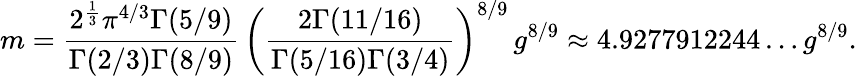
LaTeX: m={\frac{2^{\frac{1}{3}}\pi^{4/3}\Gamma(5/9)}{\Gamma(2/3)\Gamma(8/9)}}\, \left({\frac{2\Gamma(11/16)}{\Gamma(5/16)\Gamma(3/4)}}\right)^{8/9}\, g^{8/9}\approx 4.9277912244\ldots g^{8/9}.